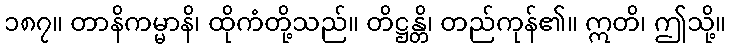
၁၈၇။ တာနိကမ္မာနိ၊ ထိုကံတို့သည်။ တိဋ္ဌန္တိ၊ တည်ကုန်၏။ ဣတိ၊ ဤသို့။